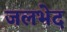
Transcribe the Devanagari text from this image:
जलभेद